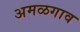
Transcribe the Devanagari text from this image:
अमळगाव